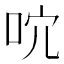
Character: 𠰽